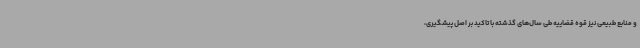
و منابع طبیعی نیز قوه قضاییه طی سال‌های گذشته با تاکید بر اصل پیشگیری،